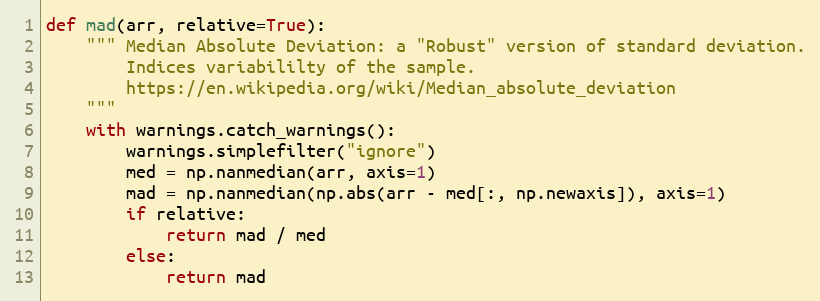
Language: Python
def mad(arr, relative=True):
    """ Median Absolute Deviation: a "Robust" version of standard deviation.
        Indices variabililty of the sample.
        https://en.wikipedia.org/wiki/Median_absolute_deviation
    """
    with warnings.catch_warnings():
        warnings.simplefilter("ignore")
        med = np.nanmedian(arr, axis=1)
        mad = np.nanmedian(np.abs(arr - med[:, np.newaxis]), axis=1)
        if relative:
            return mad / med
        else:
            return mad